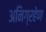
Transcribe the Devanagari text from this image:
अनिग्रहेण